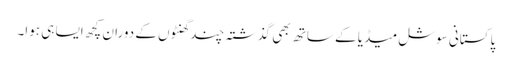
پاکستانی سوشل میڈیا کے ساتھ بھی گذشتہ چند گھنٹوں کے دوران کچھ ایسا ہی ہوا۔